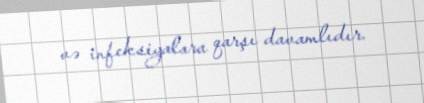
və infeksiyalara qarşı davamlıdır.